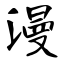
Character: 漫